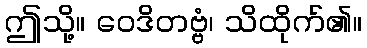
ဤသို့။ ဝေဒိတဗ္ဗံ၊ သိထိုက်၏။